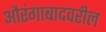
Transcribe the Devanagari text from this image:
औरंगाबादवरील